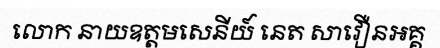
លោក នាយឧត្តមសេនីយ៍ នេត សាវឿនអគ្គ